Vital statistics of India. Vol. IV, Annual returns from 1871 to 1876. British Army of India, Native Army and jails of Bengal
Year: 1871
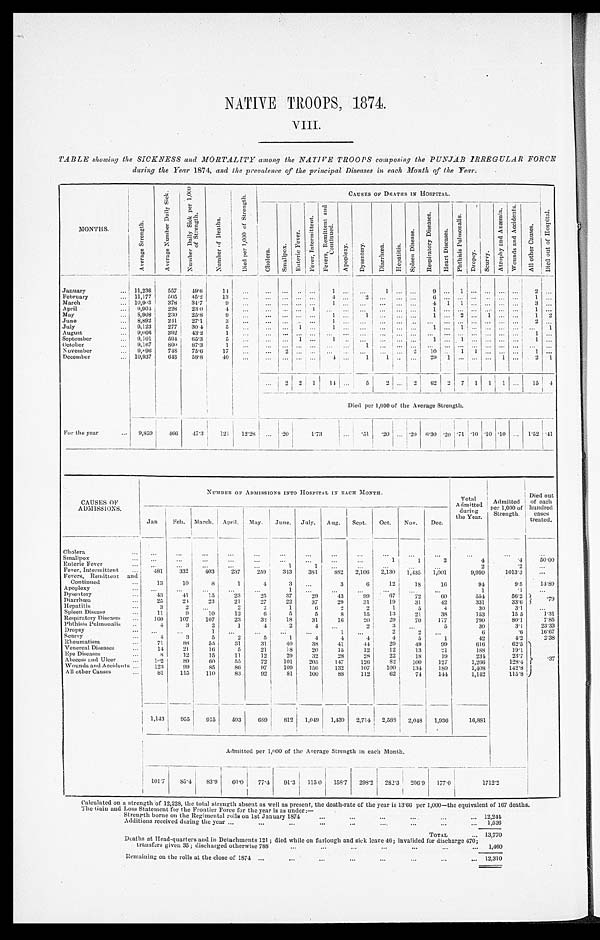
NATIVE TROOPS, 1874.
VIII.
TABLE showing the SICKNESS and MORTALITY among the NATIVE TROOPS composing the PUNJAB IRREGULAR FORCE
during the Year 1874, and the prevalence of the principal Diseases in each Month of the Year.
MONTHS.
A v e r a g e S t r e n g t h .
A v e r a g e N u m b e r D a i l y S i c k .
N u m b e r D a i l y S i c k p e r 1 , 0 0 0 o f S t r e n g t h .
N u m b e r o f D e a t h s .
D i e d p e r 1 , 0 0 0 o f S t r e n g t h .
CAUSES OF DEATHS IN HOSPITAL.
D i e d o u t o f H o s p i t a l .
C h o l e r a .
S m a l l p o x .
E n t e r i c F e v e r . F e v e r , I n t e r m i t t e n t .
F e v e r s , R e m i t t e n t . a n d
C o n t i n u e d .
A p o p l e x y . D y s e n t e r y . D i a r r h œ a . H e p a t i t i s .
S p l e e n D i s e a s e .
R e s p i r a t o r y D i s e a s e s .
H e a r t D i s e a s e s .
P h t h i s i s P u l m o n a l i s .
D r o p s y . S c u r v y .
A t r o p h y a n d A n æ m i a .
W o u n d s a n d A c c i d e n t s .
A l l o t h e r C a u s e s .
January . . . 11,236 557 49.6
1 4 . . .
. . . . . . . . . . . .
1
. . . . . .
1 . . .. . .
9 . . . 1 . . . . . . . . . . . .
2
. . .
February . . .
11,177 505 45.2
13
. . . . . . . . . . . . . . . 4
. . . 2
. . .
. . .. . .
6 . . . . . . . . . . . . . . . . . .
1 . . .
March. . . 10,903 378 34.7
9
. . . . . . . . . . . . . . .
1 . . . . . .
. . .
. . .. . . 4 1 1 . . . . . . . . . . . .
3 . . .
April . . .
9,904 228 23 0
4
. . .
. . .
. . .. . .1
. . . . . . . . .
. . . . . . . . .
1 . . . . . . . . . . . . . . . . . . 1 . . .
May . . .
8,908 230 25.8
9 . . . . . . . . . . . . . . . 1 . . . 1
. . . . . . . . .
1 . . . 2 . . . 1 . . . . . . 1 2
June . . .
8,892 241
2 7 . 1
3
. . . . . . . . . . . . . . . 1 . . .
. . .
. . . . . . . . . . . .
. . . . . . . . . . . . . . . . . .
2 . . .
July . . .
9,123 277 30.4
5
. . .
. . . . . . 1 . . . 1
. . . . . .
. . . . . . . . .
1 . . . 1 . . . . . . . . . . . . . . . 1
August . . .
9,066 392 43.3
1
. . . . . . . . . . . . . . . . . .
. . . . . .
. . . . . . . . . . . .
. . . . . . . . . . . . . . . . . .
1 . . .
September . . .
9,101 594
6 5 . 3
5
. . .
. . .
. . .1 . . . 1 . . . . . .
. . .
. . .. . .
1 . . . 1 . . . . . . . . . . . . 1 . . .
October . . .
9,167 800 87.3
1
. . .
. . .
. . .. . .. . . . . . . . . 1
. . .
. . .. . .
. . . . . . . . . . . . . . . . . . . . . . . . . . .
November . . . 9, 196 748 75.6
17
. . .
. . .
2 . . .. . . . . . . . . . . .
. . . . . . 2 10 . . . 1 1 . . . . . . . . . 1
. . .
December . . .
10,937 643 58.8 40
. . .
. . .
. . . . . . . . .
4
. . . 1
1 . . . . . . 29 1 . . . . . .
. . . 1 . . . 2 1
. . . 2 2 1 14
. . . 5 2 . . . 2 62 2 7 1 1 1
. . . 15 4
Died per 1,000 of the Average Strength.
For the year . . . 9,859 466 47.3 121 12.28 . . . .20
1 . 7 3
. . . .51 .20
. . .
.20 6.30
. 2 0
.71 .10 .10 .10 . . .
1 . 5 2
. 4 1
CAUSES OF
ADMISSIONS.
NUMBER OF ADMISSIONS INTO HOSPITAL IN EACH MONTH. Total
Admitted
during
the Year.
Admitted
per 1,000 of
Strength.
Died out
of each
hundred cases
treated.
Jan Feb. March. April. May. June. July. Aug. Sept. Oct. Nov. Dec.
Cholera . . .
. . .
. . .
. . .
. . .
. . .
. . .
. . .
. . .
. . .
. . .
. . . . . .
. . .
. . .
. . .
Smallpox . . .
. . .
. . .
. . .
. . .
. . .
. . .
. . .
. . .
. . .
1
1
2
4
.4
50.00
Enteric Fever . . .
. . .
. . .
. . .
. . .
. . .
1
1
. . .
. . .
. . .
. . .
. . .
2
.2
. . .
Fever, Intermittent . . . 481 332 -403 237 259 343 381 882 2,106 2,130 1,435 1,001
9,990
1013.3
. . .
Fevers, Remittent and
Continued . . . 13
10
8
1
4
3
. . . 3
6
12
18 16
94
9.5 14. 89
Apoplexy . . .
. . .
. . .
. . .
. . .
. . .
1
. . . . . .
. . .
. . .
. . .
. . .
1
. 1
. . .
Dysentery . . .
43
41
15
23
25
37
29
43
99 67
72
60
554
56.2 . 7 9
Diarrhœa . . .
2 5 24 23
21
27
22
37
29
31
19
31
42
331
33.6
Hepatitis . . .
3
2
. . .
2
2
1
6
2
2
1
5
4
30
3.1
. . .
Spleen Disease . . .
11
9
1 0
12
6
5
5
8
15
13
21
38
153
15 5
1.31
Respiratory Diseases . . .
160 107 107
23
32 18
31
16 20
29
70 177
790
80.1
7 . 8 5
Phthisis Pulmonalis . . .
4
3
2
1
4
2
4
. . . 2
3
. . .
5
30
3.1
23.33
Dropsy . . .
. . .
. . .
1
. . .
. . . . . .
. . .
1 . . .
2
2
. . .
6
.6
16. 67
Scurvy . . .
4.
3
5
2
5
1
4
4
4
4
5
1
42
4.2
2. 38
Rheumatism . . .
7 1 88
55
31
31
40
38
41
44
29
49
99
616
62.5
.37
Venereal Diseases . . . 14
21
16
5
21
18
20
15
12
12
13
21
188
19.1
Eye Diseases . . .
8 12
15
11
12
29
32
28
28
22
18
10
234
23.7
Abscess and Ulcer . . .
102 89
60
55
72 101 205 147 126
82
1 0 0 127
1,266
128.4
Wounds and Accidents . . . 123
99
85
86
97 109 156 132 107 100 134 180
1,408
142.8
All other Causes . . .
81 115 110
83
92
81 100
8 8 112
62
74 144
1,142
115.8
1,143 955 915 593 689 812 1,049 1,439 2,714 2,588 2,048 1,936
16,881
Admitted per 1,000 of the Average Strength in each Month.
101.7 85.4 83.9 60.0 77.4 91.3 115 0 158.7 298.2 282.3 2 0 6 . 9
177.0
1 7 1 2 . 2
C a l c u l a t e d o n a s t r e n g t h o f 1 2 , 2 2 8 , t h e t o t a l s t r e n g t h a b s e n t a s w e l l a s p r e s e n t , t h e d e a t h - r a t e o f t h e y e a r i s 1 3 ' 6 6 p e r 1 , 0 0 0 - t h e e q u i v a l e n t o f 1 6 7 d e a t h s .
T h e Ga i n a n d L o s s S t a t e me n t f o r t h e F r o n t i e r F o r c e f u r t h e y e a r i s a s u n d e r : —
Strength borne on the Regimental rolls on 1st January 1874 . . .
12, 244
Additions received during the year . . .
1,526
TOTAL . . . 13,770
Deaths at Head-quarters and in Detachments 121; died while on furlough and sick leave 46; invalided for discharge 470;
transfers given 35; discharged otherwise 788 . . .
1, 460
Remaining on the rolls at the close of 1874 . . .
12,310